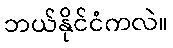
ဘယ်နိုင်ငံကလဲ။